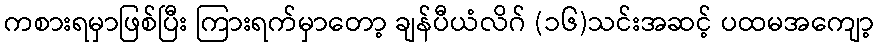
ကစားရမှာဖြစ်ပြီး ကြားရက်မှာတော့ ချန်ပီယံလိဂ် (၁၆)သင်းအဆင့် ပထမအကျော့